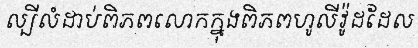
ល្បីលំដាប់ពិភពលោកក្នុងពិភពហូលីវ៉ូដដែល